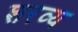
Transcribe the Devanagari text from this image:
शरव्य